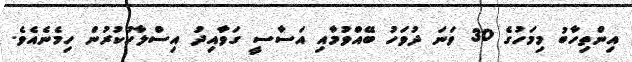
އިންތިހާބު މިމަހުގެ 30 ވަނަ ދުވަހު ބޭއްވުމާއި އަސާސީ ގަވާއިދު އިސްލާހުކުރުން ހިމެނެއެވެ.